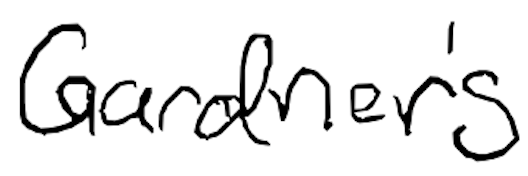
Text: Gardner's
Cross-out: clean
Writing tool: digital_black